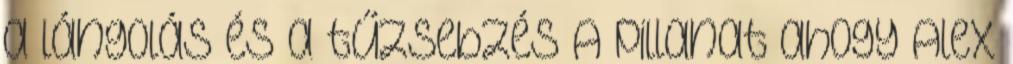
a lángolás és a tűzsebzés A pillanat ahogy Alex